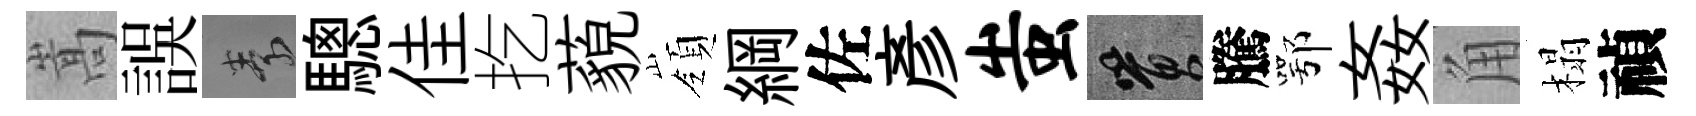
嵩誤素驄佳扢藐嶺綱佐彥蚩篔騰鄂姦角榻禎